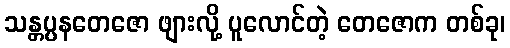
သန္တပ္ပနတေဇော ဖျားလို့ ပူလောင်တဲ့ တေဇောက တစ်ခု၊